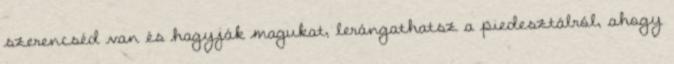
szerencséd van és hagyják magukat, lerángathatsz a piedesztálról, ahogy